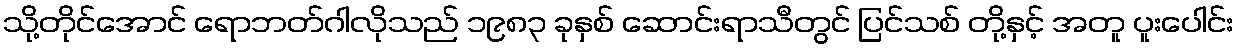
သို့တိုင်အောင် ရောဘတ်ဂါလိုသည် ၁၉၈၃ ခုနှစ် ဆောင်းရာသီတွင် ပြင်သစ် တို့နှင့် အတူ ပူးပေါင်း